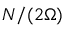
N / ( 2 \Omega )